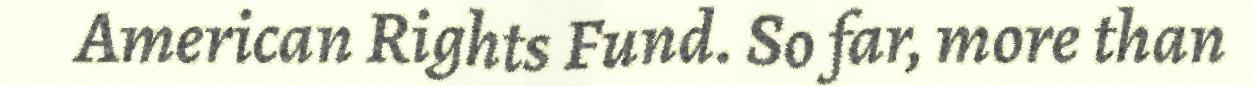
American Rights Fund. So far, more than